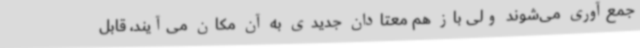
جمع‌آوری می‌شوند ولی باز هم معتادان جدیدی به آن مکان می‌آیند، قابل